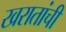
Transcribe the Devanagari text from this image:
खरातांची